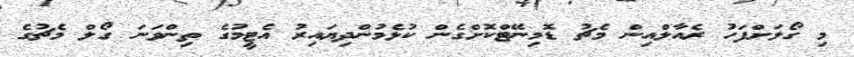
މި ގޯލަށްފަހު ރެއާލްއިން މެޗު ޑޮމިނޭޓްކޮށްގެން ކުޅެމުންދިޔައިރު އެޓީމުގެ ތިންވަނަ ގޯލް މެޗުގެ